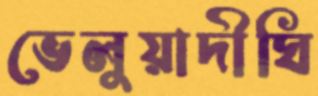
ভেলুয়াদীঘি